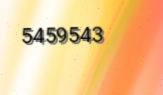
5459543